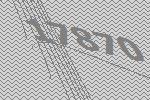
17870